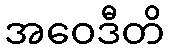
အဝေဒီတိ